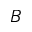
B